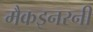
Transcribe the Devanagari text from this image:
मैकइनरनी